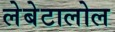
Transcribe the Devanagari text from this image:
लेबेटालोल